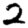
Digit: 2